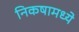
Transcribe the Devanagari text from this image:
निकषामध्ये